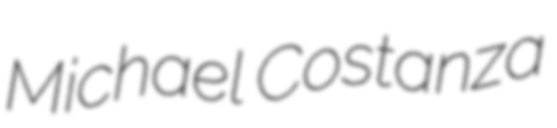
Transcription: Michael Costanza